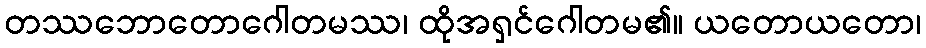
တဿဘောတောဂေါတမဿ၊ ထိုအရှင်ဂေါတမ၏။ ယတောယတော၊